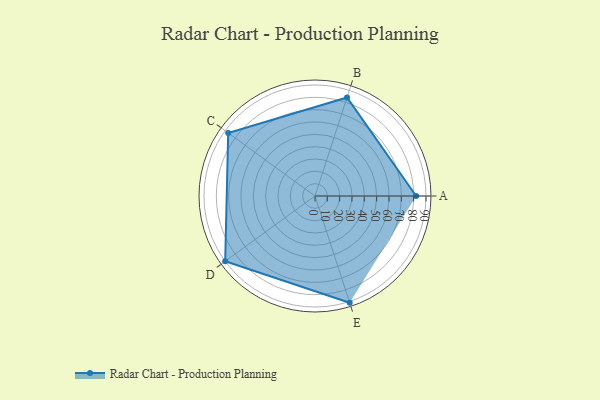
{"axis": {"x": "Skill", "y": "Score"}, "legend": ["Profile"], "data": [{"x": "A", "y": 82.0, "type": "Profile"}, {"x": "B", "y": 84.0, "type": "Profile"}, {"x": "C", "y": 87.0, "type": "Profile"}, {"x": "D", "y": 90.0, "type": "Profile"}, {"x": "E", "y": 91.0, "type": "Profile"}]}